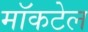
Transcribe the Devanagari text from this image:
मॉकटेल